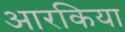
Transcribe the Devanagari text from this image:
आरकिया